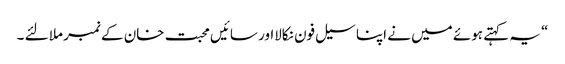
“ یہ کہتے ہوئے میں نے اپنا سیل فون نکالااور سائیں محبت خان کے نمبر ملا لئے ۔